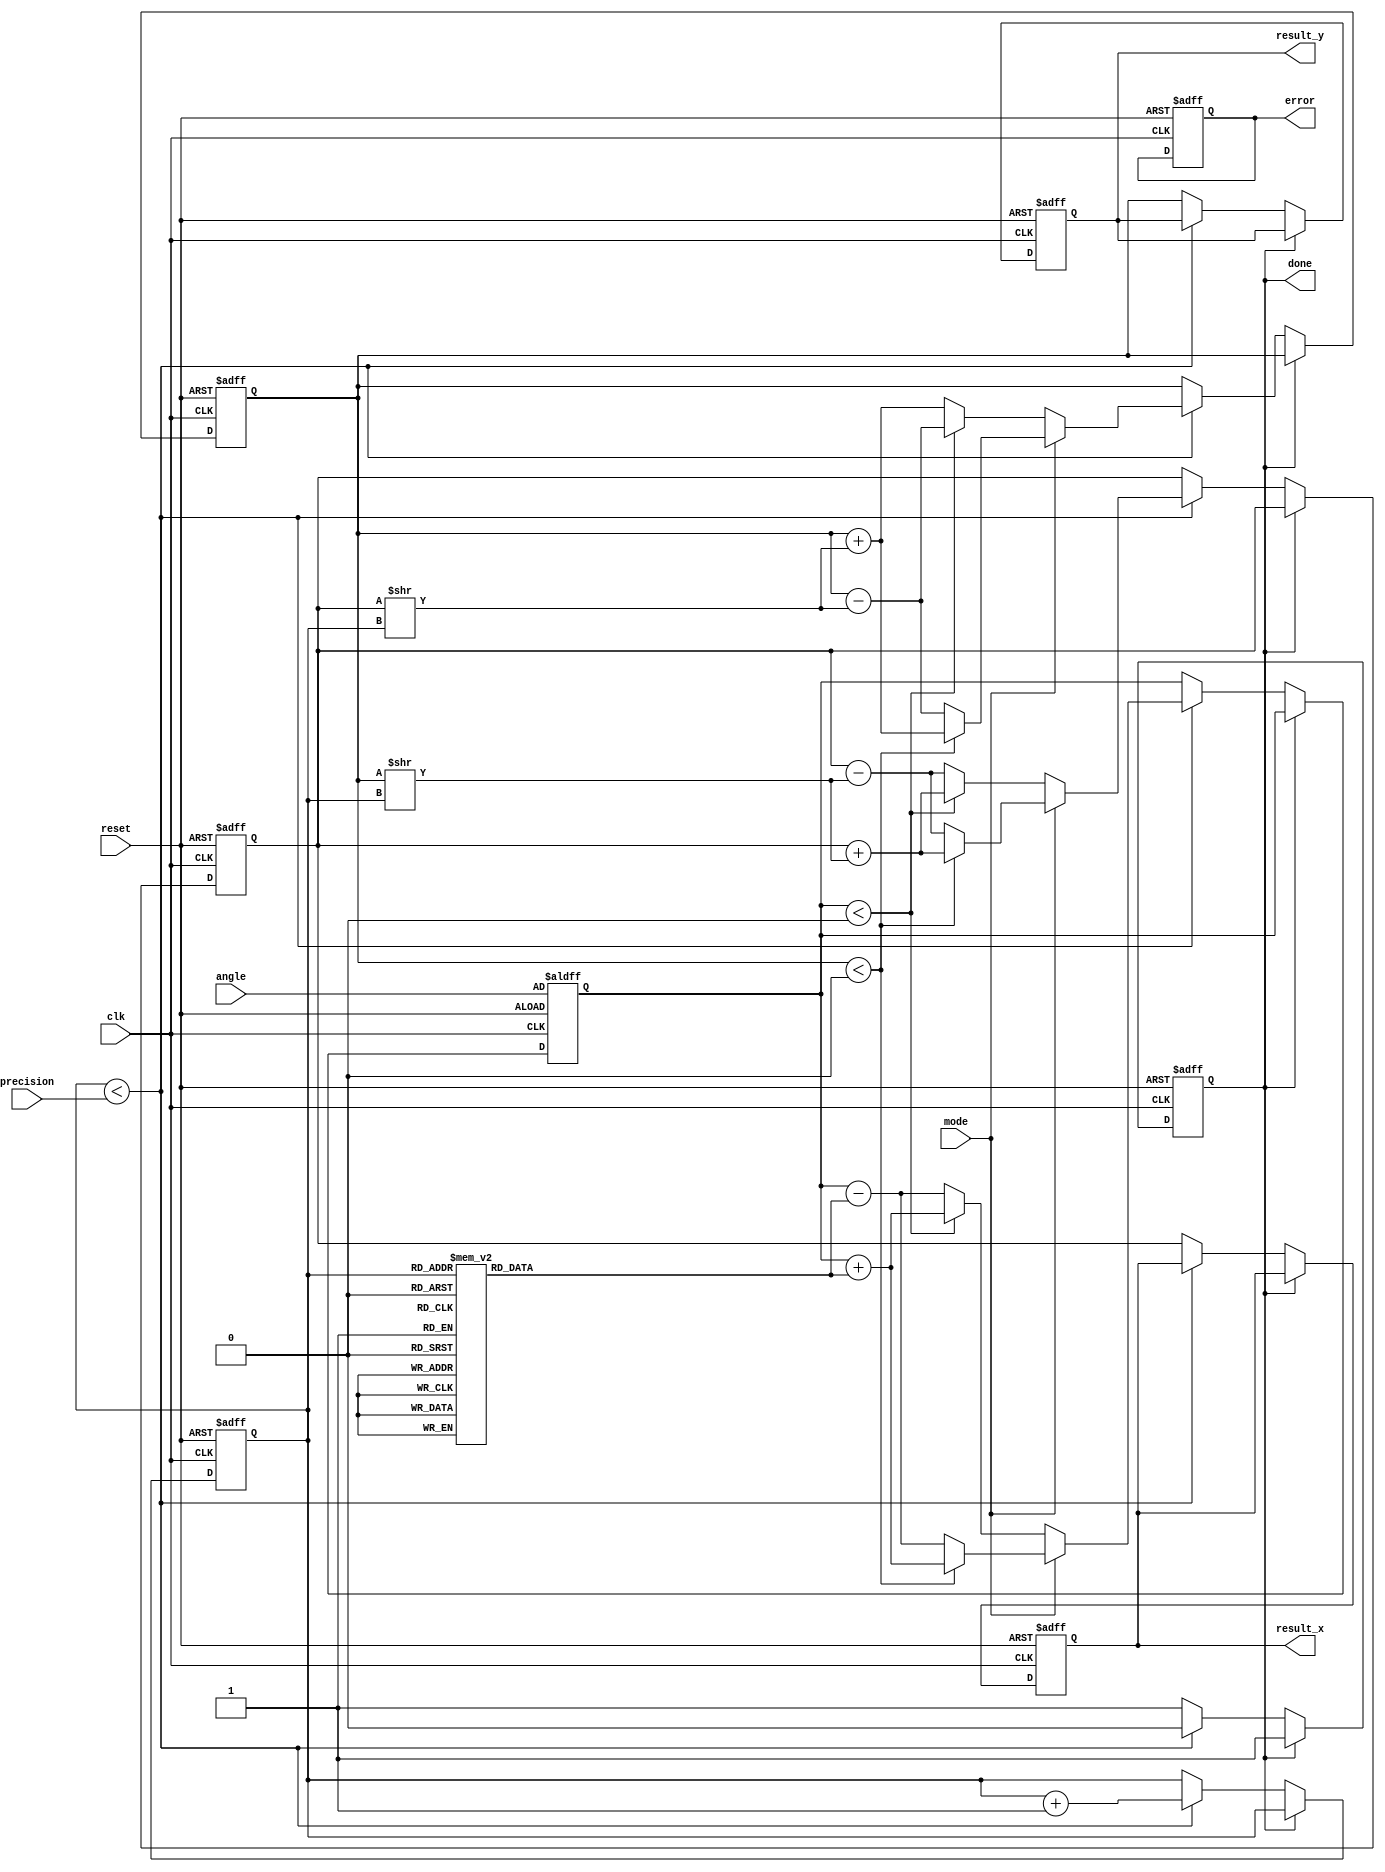
module adaptive_cordic (
    input wire clk,
    input wire reset,
    input wire [15:0] angle,          // Fixed-point angle input
    input wire mode,                  // 0: rotation, 1: vectoring
    input wire [3:0] precision,       // Number of iterations
    output reg [15:0] result_x,       // Result X coordinate
    output reg [15:0] result_y,       // Result Y coordinate
    output reg done,                  // Operation completion flag
    output reg error                  // Error flag
);

    // CORDIC parameters
    reg [15:0] x, y, z;               // X, Y, Z coordinates
    reg [3:0] iteration;              // Iteration counter
    reg [15:0] atan_table [0:15];     // Lookup table for arctangent values

    // Initialize arctangent lookup table
    initial begin
        atan_table[0] = 16'h0000; // atan(0)
        atan_table[1] = 16'h3243; // atan(1/2^0)
        atan_table[2] = 16'h1DAC; // atan(1/2^1)
        atan_table[3] = 16'h1C71; // atan(1/2^2)
        atan_table[4] = 16'h1A62; // atan(1/2^3)
        atan_table[5] = 16'h186A; // atan(1/2^4)
        atan_table[6] = 16'h1718; // atan(1/2^5)
        atan_table[7] = 16'h15B8; // atan(1/2^6)
        atan_table[8] = 16'h148A; // atan(1/2^7)
        atan_table[9] = 16'h137D; // atan(1/2^8)
        atan_table[10] = 16'h128F; // atan(1/2^9)
        atan_table[11] = 16'h11B1; // atan(1/2^10)
        atan_table[12] = 16'h10E3; // atan(1/2^11)
        atan_table[13] = 16'h1020; // atan(1/2^12)
        atan_table[14] = 16'h0F6E; // atan(1/2^13)
        atan_table[15] = 16'h0EB8; // atan(1/2^14)
    end

    // Control unit
    always @(posedge clk or posedge reset) begin
        if (reset) begin
            x <= 16'h0001; // Initial X coordinate
            y <= 16'h0000; // Initial Y coordinate
            z <= angle;    // Load angle
            iteration <= 0; // Reset iteration counter
            done <= 0;      // Reset done flag
            error <= 0;     // Reset error flag
            result_x <= 0;  // Reset result X
            result_y <= 0;  // Reset result Y
        end else if (!done) begin
            if (iteration < precision) begin
                // CORDIC iteration logic
                if (mode == 0) begin // Rotation mode
                    if (z < 0) begin
                        x <= x + (y >> iteration);
                        y <= y - (x >> iteration);
                        z <= z + atan_table[iteration];
                    end else begin
                        x <= x - (y >> iteration);
                        y <= y + (x >> iteration);
                        z <= z - atan_table[iteration];
                    end
                end else begin // Vectoring mode
                    if (y < 0) begin
                        x <= x + (y >> iteration);
                        y <= y + (x >> iteration);
                        z <= z + atan_table[iteration];
                    end else begin
                        x <= x - (y >> iteration);
                        y <= y - (x >> iteration);
                        z <= z - atan_table[iteration];
                    end
                end
                iteration <= iteration + 1; // Increment iteration counter
            end else begin
                // Operation complete
                result_x <= x; // Store final result X
                result_y <= y; // Store final result Y
                done <= 1;     // Set done flag
            end
        end
    end

endmodule